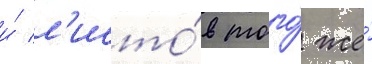
и́ л'исто́в того́ же́